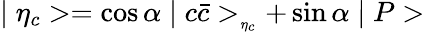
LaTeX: \mid\eta_{c}>=\cos\alpha\mid c\bar{c}>_{_{\eta_{c}}}+\sin\alpha\mid P>